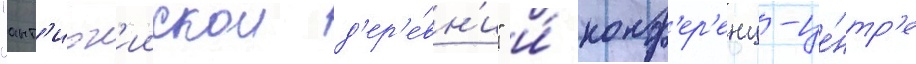
"ант'иох'иискои д'ер'е́вн'и" и́ конф'ер'енц-це́нтр'е